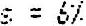
S = 6%